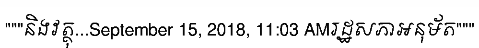
"""និងវត្ថុ...September 15, 2018, 11:03 AMរដ្ឋសភាអនុម័ត"""